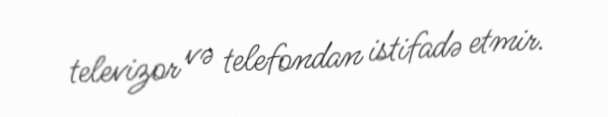
televizor və telefondan istifadə etmir.